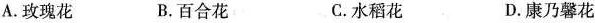
A.玫瑰花 B.百合花 C.水稻花 D.康乃馨花